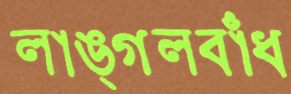
লাঙ্গলবাঁধ